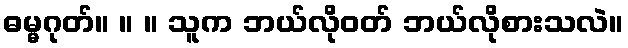
ဓမ္မဂုတ်။ ။ ။ သူက ဘယ်လိုဝတ် ဘယ်လိုစားသလဲ။